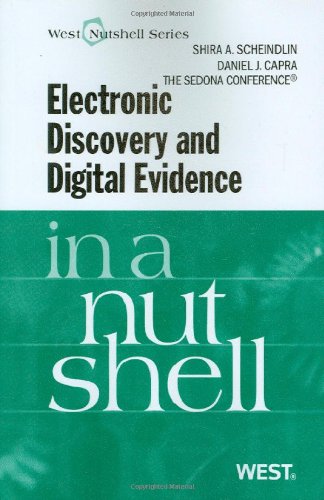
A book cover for The Sedona Conference's Electronic Discovery and Digital Evidence in a Nutshell; Shira Scheindlin; Law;